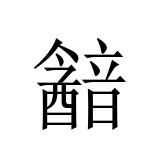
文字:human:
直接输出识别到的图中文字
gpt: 韽